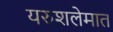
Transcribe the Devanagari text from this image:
यरुशलेमात